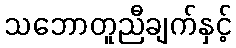
သဘောတူညီချက်နှင့်